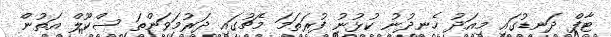
ޓާފް ދަނޑުގައި މިއަދު ހެނދުނު ކުޅުނު ފުރަތަމަ މެޗުގައި ދަރުމަވަންތަ ސްކޫލް އަތުން